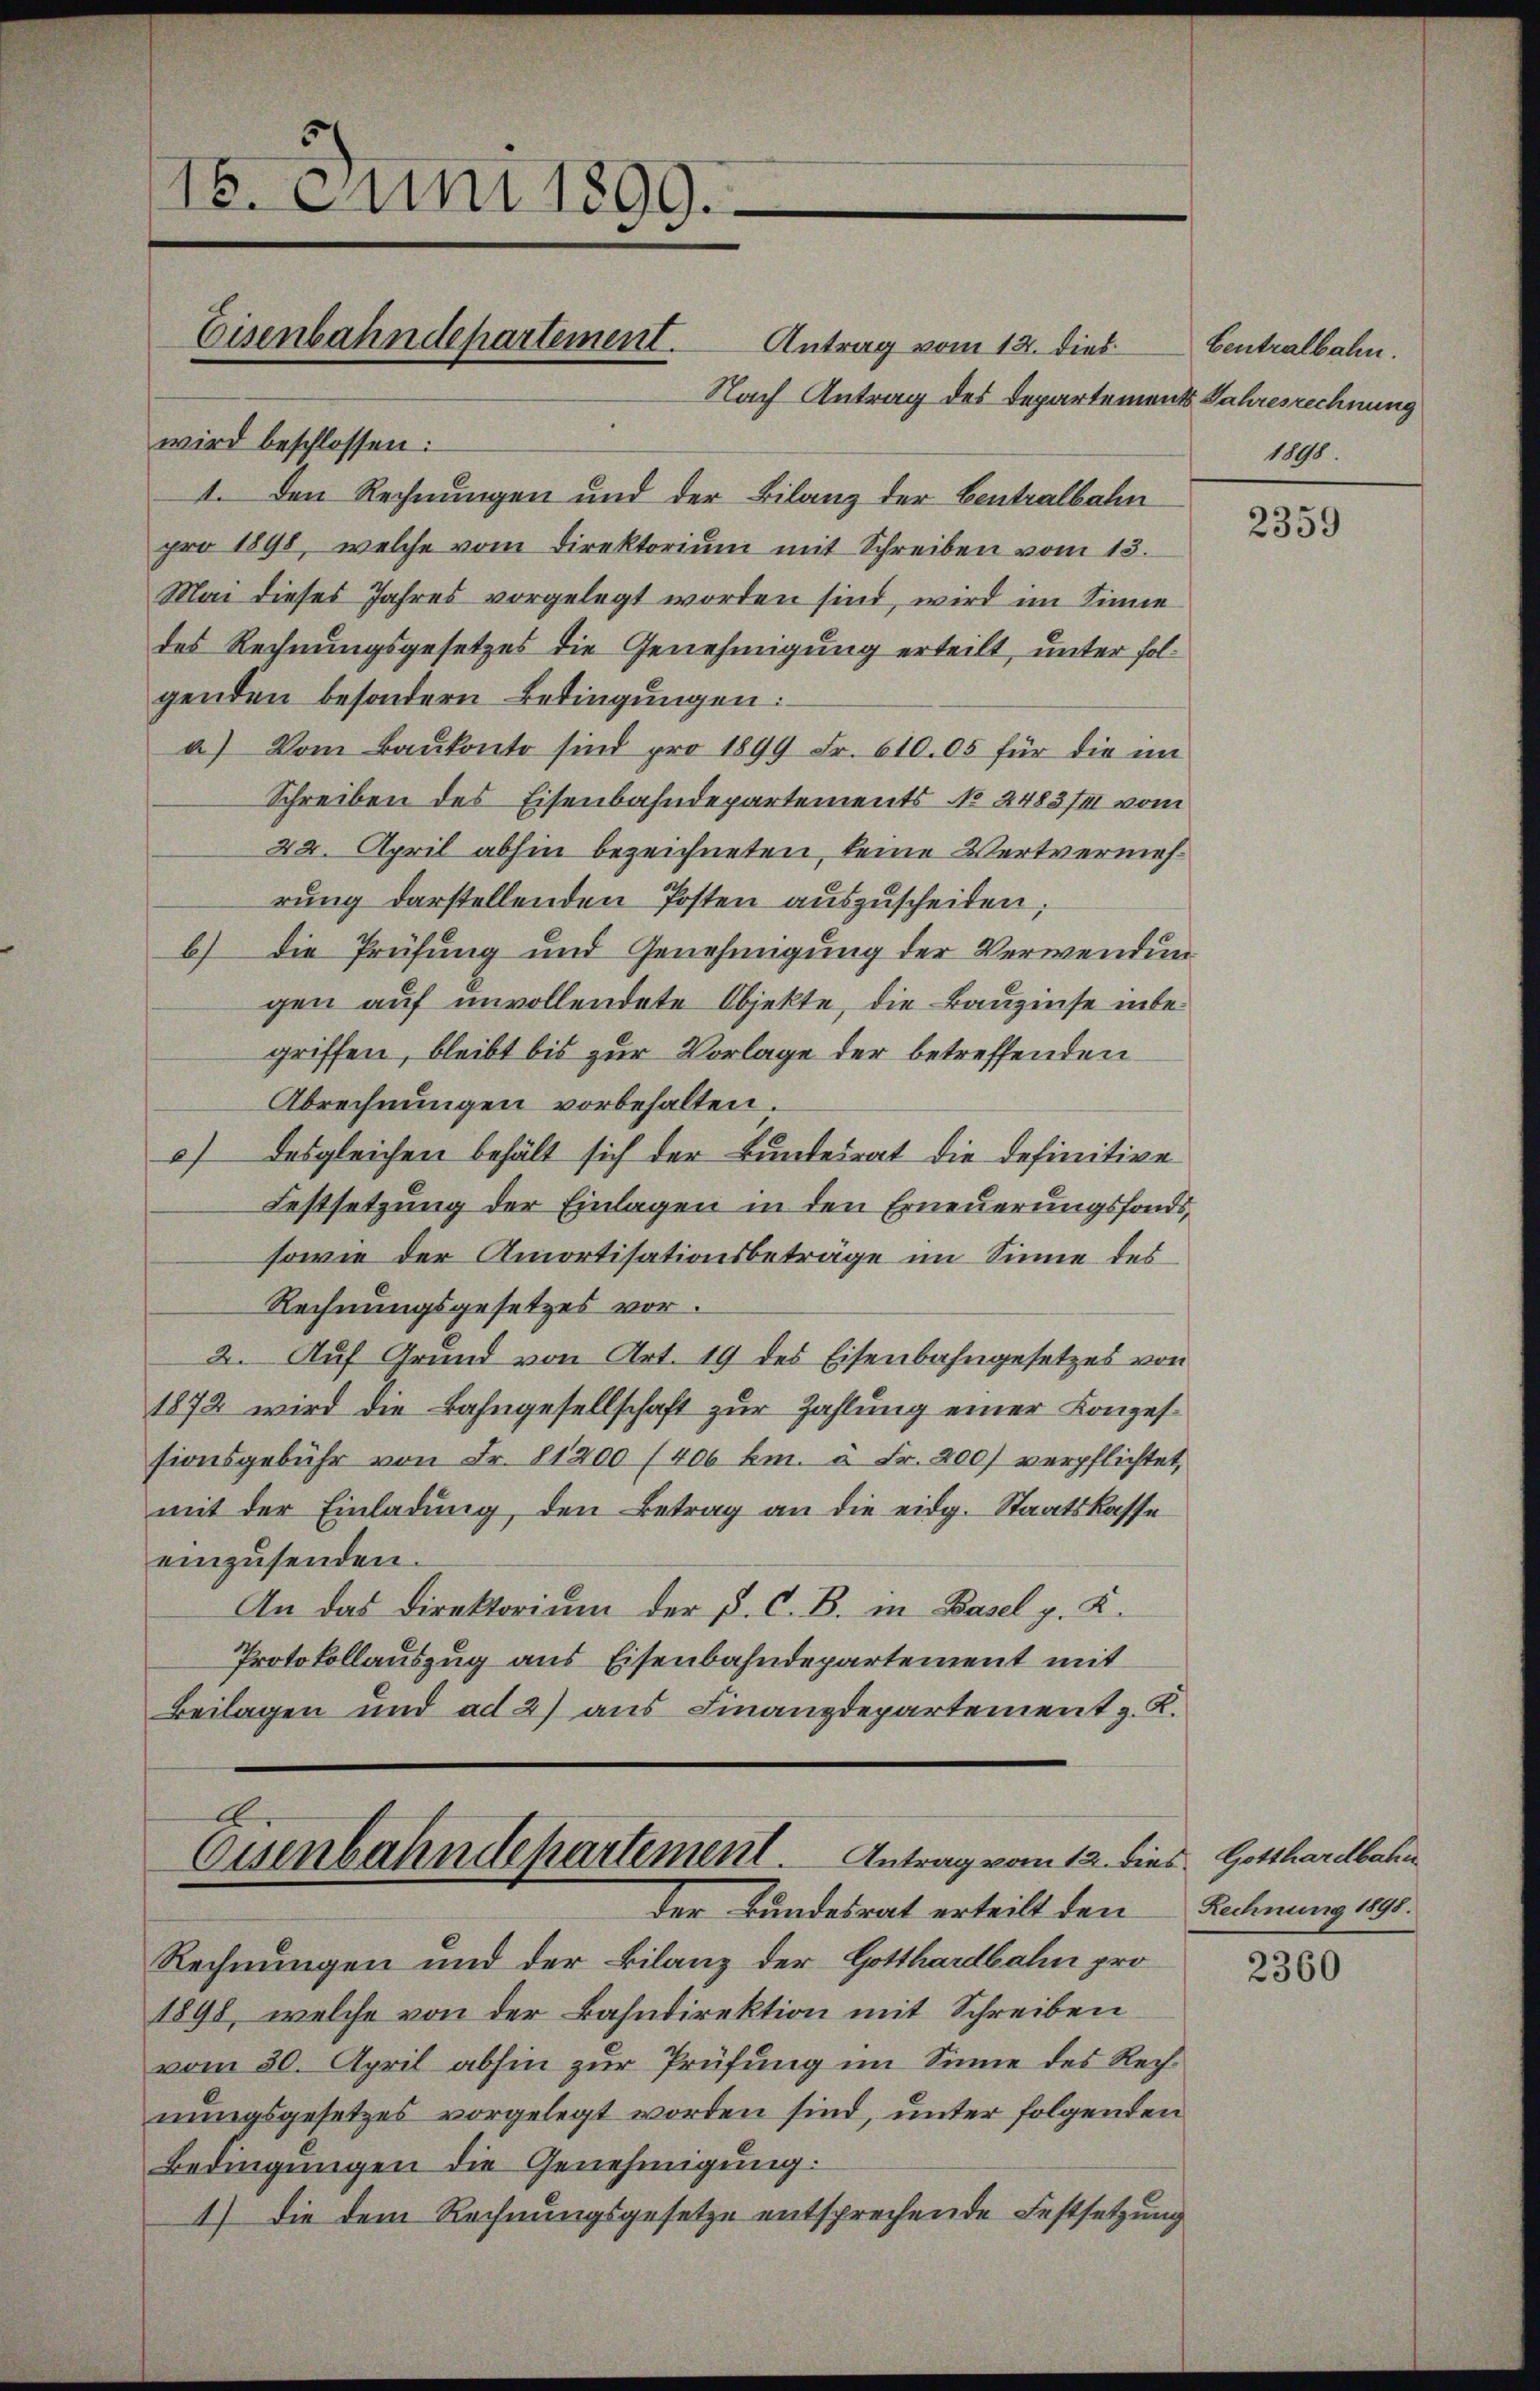
18. Juni 1899.
Eisenbahndepartement.

E
Eisenbahndekartement. Antrag vom 12. dies. Gotthardbahn
der Bundesrat erteilt den

Antrag vom 12. dies
Nach Antrag des Departements Jahresrechnung
wird beschlossen:
I. Den Rechnungen und der Bilanz der Centralbahn
pro 1898, welche vom Direktoriŭm mit Schreiben vom 13.
Mai dieses Jahres vorgelegt worden sind, wird im Sinne
des Rechnungsgesetzes die Genehmigung erteilt, unter folgenden besondern Bedingungen:
a) Vom Baukonto sind pro 1899 Fr. 610. 05 für die im
Schreiben des Eisenbahndepartements No 2483/4 vom
22. April abhin bezeichneten, keine Wertvermehrung darstellenden Posten auszuscheiten,
b) die Prüfung und Genehmigung der Verwendungen auf unvollendete Objekte, die Bauzinse inbegriffen, bleibt bis zur Vorlage der betreffenden
Abrechnungen vorbehalten.
) Desgleichen behält sich der Bundesrat die definitive
Festsetzung der Einlagen in den Erneuerungsfonds,
sowie der Amortisationsbeträge im Sinne des
Rechnungsgesetzes vor.
2. Auf Grund von Art. 19 des Eisenbahngesetzes von
1872 wird die Bahngesellschaft zur Zahlung einer Konzessionsgebühr von Fr. 81200 (406 km. à Fr. 200 verpflichtet,
mit der Einladung, den Betrag an die eidg. Staatskasse
einzusenden.
An das Direktorium der P. C. B. in Basel g. K.
Protokollauszug aus Eisenbahndepartement mit
Beilagen und ad 2) aus Finanzdepartement z. K.

Centralbahn.
1898.

2359

Rechnung 1898.

Rechnungen und der Bilanz der Gotthardbahn pro
1898, welche von der Bahndirektion mit Schreiben
vom 30. April abhin zur Prüfung im Sinne des Rechnungsgesetzes vorgelegt worden sind, unter folgenden
Bedingungen die Genehmigung.
4) die dem Rechnungsgesetze entsprechende Festsetzung

2360